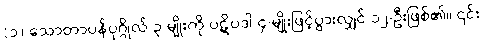
(၁) သောတာပန်ပုဂ္ဂိုလ် ၃-မျိုးကို ပဋိပဒါ ၄-မျိုးဖြင့်ပွားလျှင် ၁၂-ဦးဖြစ်၏။ ၎င်း